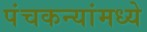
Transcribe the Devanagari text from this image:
पंचकन्यांमध्ये